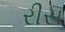
રીસ